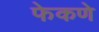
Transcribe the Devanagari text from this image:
फेकणे